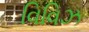
વિવિઝ